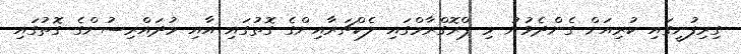
ގިރިފުށީގައި ކުރިއަށް ގެންދެވުނު މި ޕްރޮގްރާމްގައި ލެކްޗަރާއިންގެ ގޮތުގައި އާއި މުދައްރިސުންގެ ގޮތުގައި